Vaccination report Assam 1874-1896 - 1874-1896
Year: 1874
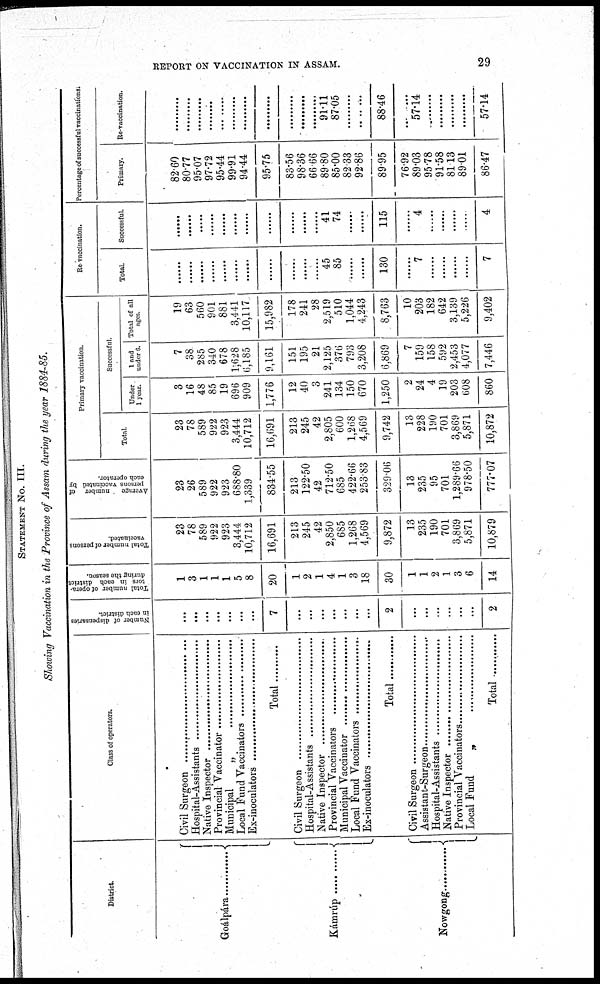
REPORT ON VACCINATION IN ASSAM.
29
STATEMENT No. III.
Showing Vaccination in the Province of Assam during the year 1884-85.
District.
Goálpára ............
Kámrúp ...............
Nowgong ...............
Class of operators.
Civil Surgeon ........................
Hospital-Assistants .....................
Native Inspector .....................
Provincial Vaccinator .....................
Municipal „ ...........................
Local Fund Vaccinators ........................
Ex-inoculators ..............................
Total............
Civil Surgeon ........................
Hospital-Assistants .....................
Native Inspector .....................
Provincial Vaccinator .....................
Municipal Vaccinators ...........................
Local Fund Vaccinators ........................
Ex-inoculators ..............................
Total
Civil Surgeon ........................
Assistant-Surgeon .....................
Hospital-Assistants .....................
Native Inspector .....................
Provincial Vaccinator .....................
Local Fund ............
Total ............
Number of dispensaries
in each district.
...
...
...
...
...
...
...
7
...
...
...
...
...
...
...
2
...
...
...
...
...
...
2
Total number of opera-
tors in each district
during the season.
11
3
1
1
1
5
8
20
1
2
1
4
1
3
18
30
1
1
2
1
3
6
14
Total number of persons
vaccinated.
23
78
589
922
923
3,444
10,712
16,691
213
245
42
2,850
685
1,268
4,569
9,872
13
235
190
701
3,869
5,871
10,879
Average
number of
persons vaccinated by
each operator.
23
26
589
922
923
688.80
1,339
834.55
213
122.50
42
712.50
685
422.66
253 83
329.06
13
235
95
701
1,289.66
978.50
777.07
Primary vaccination.
Total.
23
78
589
922
923
3,444
10,712
16,691
213
245
42
2,805
600
1,268
4,569
9,742
13
228
190
701
3,869
5,871
10,872
Successful.
Under
1 year.
3
16
48
85
19
696
909
1,776
12
40
3
241
134
150
670
1,250
2
24
4
19
203
608
860
1 and
under 6.
7
38
285
340
678
1,628
6,185
9,161
151
195
21
2,125
376
793
3,208
6,869
7
159
158
592
2,453
4,077
7,446
Total of all
ages.
19
63
560
901
881
3,441
10,117
15,982
178
241
28
2,519
510
1,044
4,243
8,763
10
203
182
642
3,139
5,226
9,402
Re-vaccination.
Total.
......
......
......
......
......
......
......
......
......
......
......
45
85
......
......
130
......
7
......
......
......
......
7
Successful.
......
......
......
......
......
......
......
......
......
......
......
41
74
......
......
115
......
4
......
......
......
....
4
Percentage of successful vaccinations.
Primary.
82.60
80.77
95.07
97.72
95.44
99.91
94.44
95.75
83.56
98.36
66.66
89.80
85.00
82.33
92.86
89.95
76.92
89.03
95.78
91.58
81.13
89.01
86.47
Re-vaccination.
.........
.........
.........
.........
.........
.........
.........
.........
.........
.........
.........
91.11
87.05
.........
.........
88.46
......
57.14
......
.........
.........
......
57.14